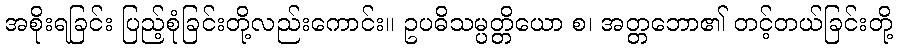
အစိုးရခြင်း ပြည့်စုံခြင်းတို့လည်းကောင်း။ ဥပဓိသမ္ပတ္တိယော စ၊ အတ္တဘော၏ တင့်တယ်ခြင်းတို့